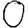
Digit: 0